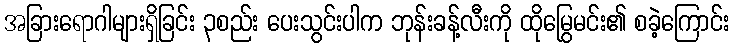
အခြားရောဂါများရှိခြင်း ၃စည်း ပေးသွင်းပါက ဘုန်းခန့်လီးကို ထိုမြွေမင်း၏ စခဲ့ကြောင်း